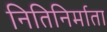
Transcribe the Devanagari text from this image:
नितिनिर्माता